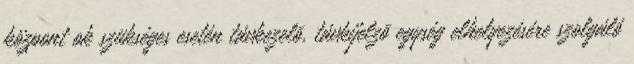
központ ok szükséges esetén távkezelõ, távkijelzõ egység elhelyezésére szolgáló